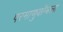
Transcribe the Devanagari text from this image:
परमाणुबॉम्बला